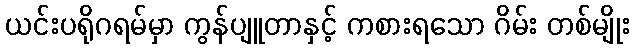
ယင်းပရိုဂရမ်မှာ ကွန်ပျူတာနှင့် ကစားရသော ဂိမ်း တစ်မျိုး